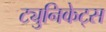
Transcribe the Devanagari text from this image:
ट्युनिकेट्स